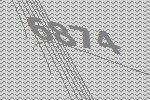
6874